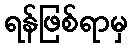
ရန်ဖြစ်ရာမှ